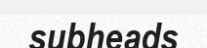
subheads